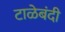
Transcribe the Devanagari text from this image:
टाळेबंदी